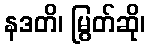
နဒတိ၊ မြွတ်ဆို၊